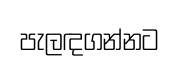
පැලඳගන්නට